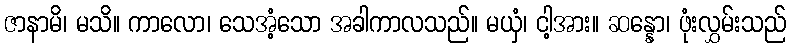
ဇာနာမိ၊ မသိ။ ကာလော၊ သေအံ့သော အခါကာလသည်။ မယှံ၊ ငါ့အား။ ဆန္နော၊ ဖုံးလွှမ်းသည်